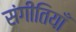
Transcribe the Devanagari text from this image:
संगीतियाँ